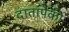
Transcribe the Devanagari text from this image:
दातांपैकी